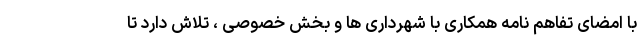
با امضای تفاهم نامه همکاری با شهرداری ها و بخش خصوصی ، تلاش دارد تا